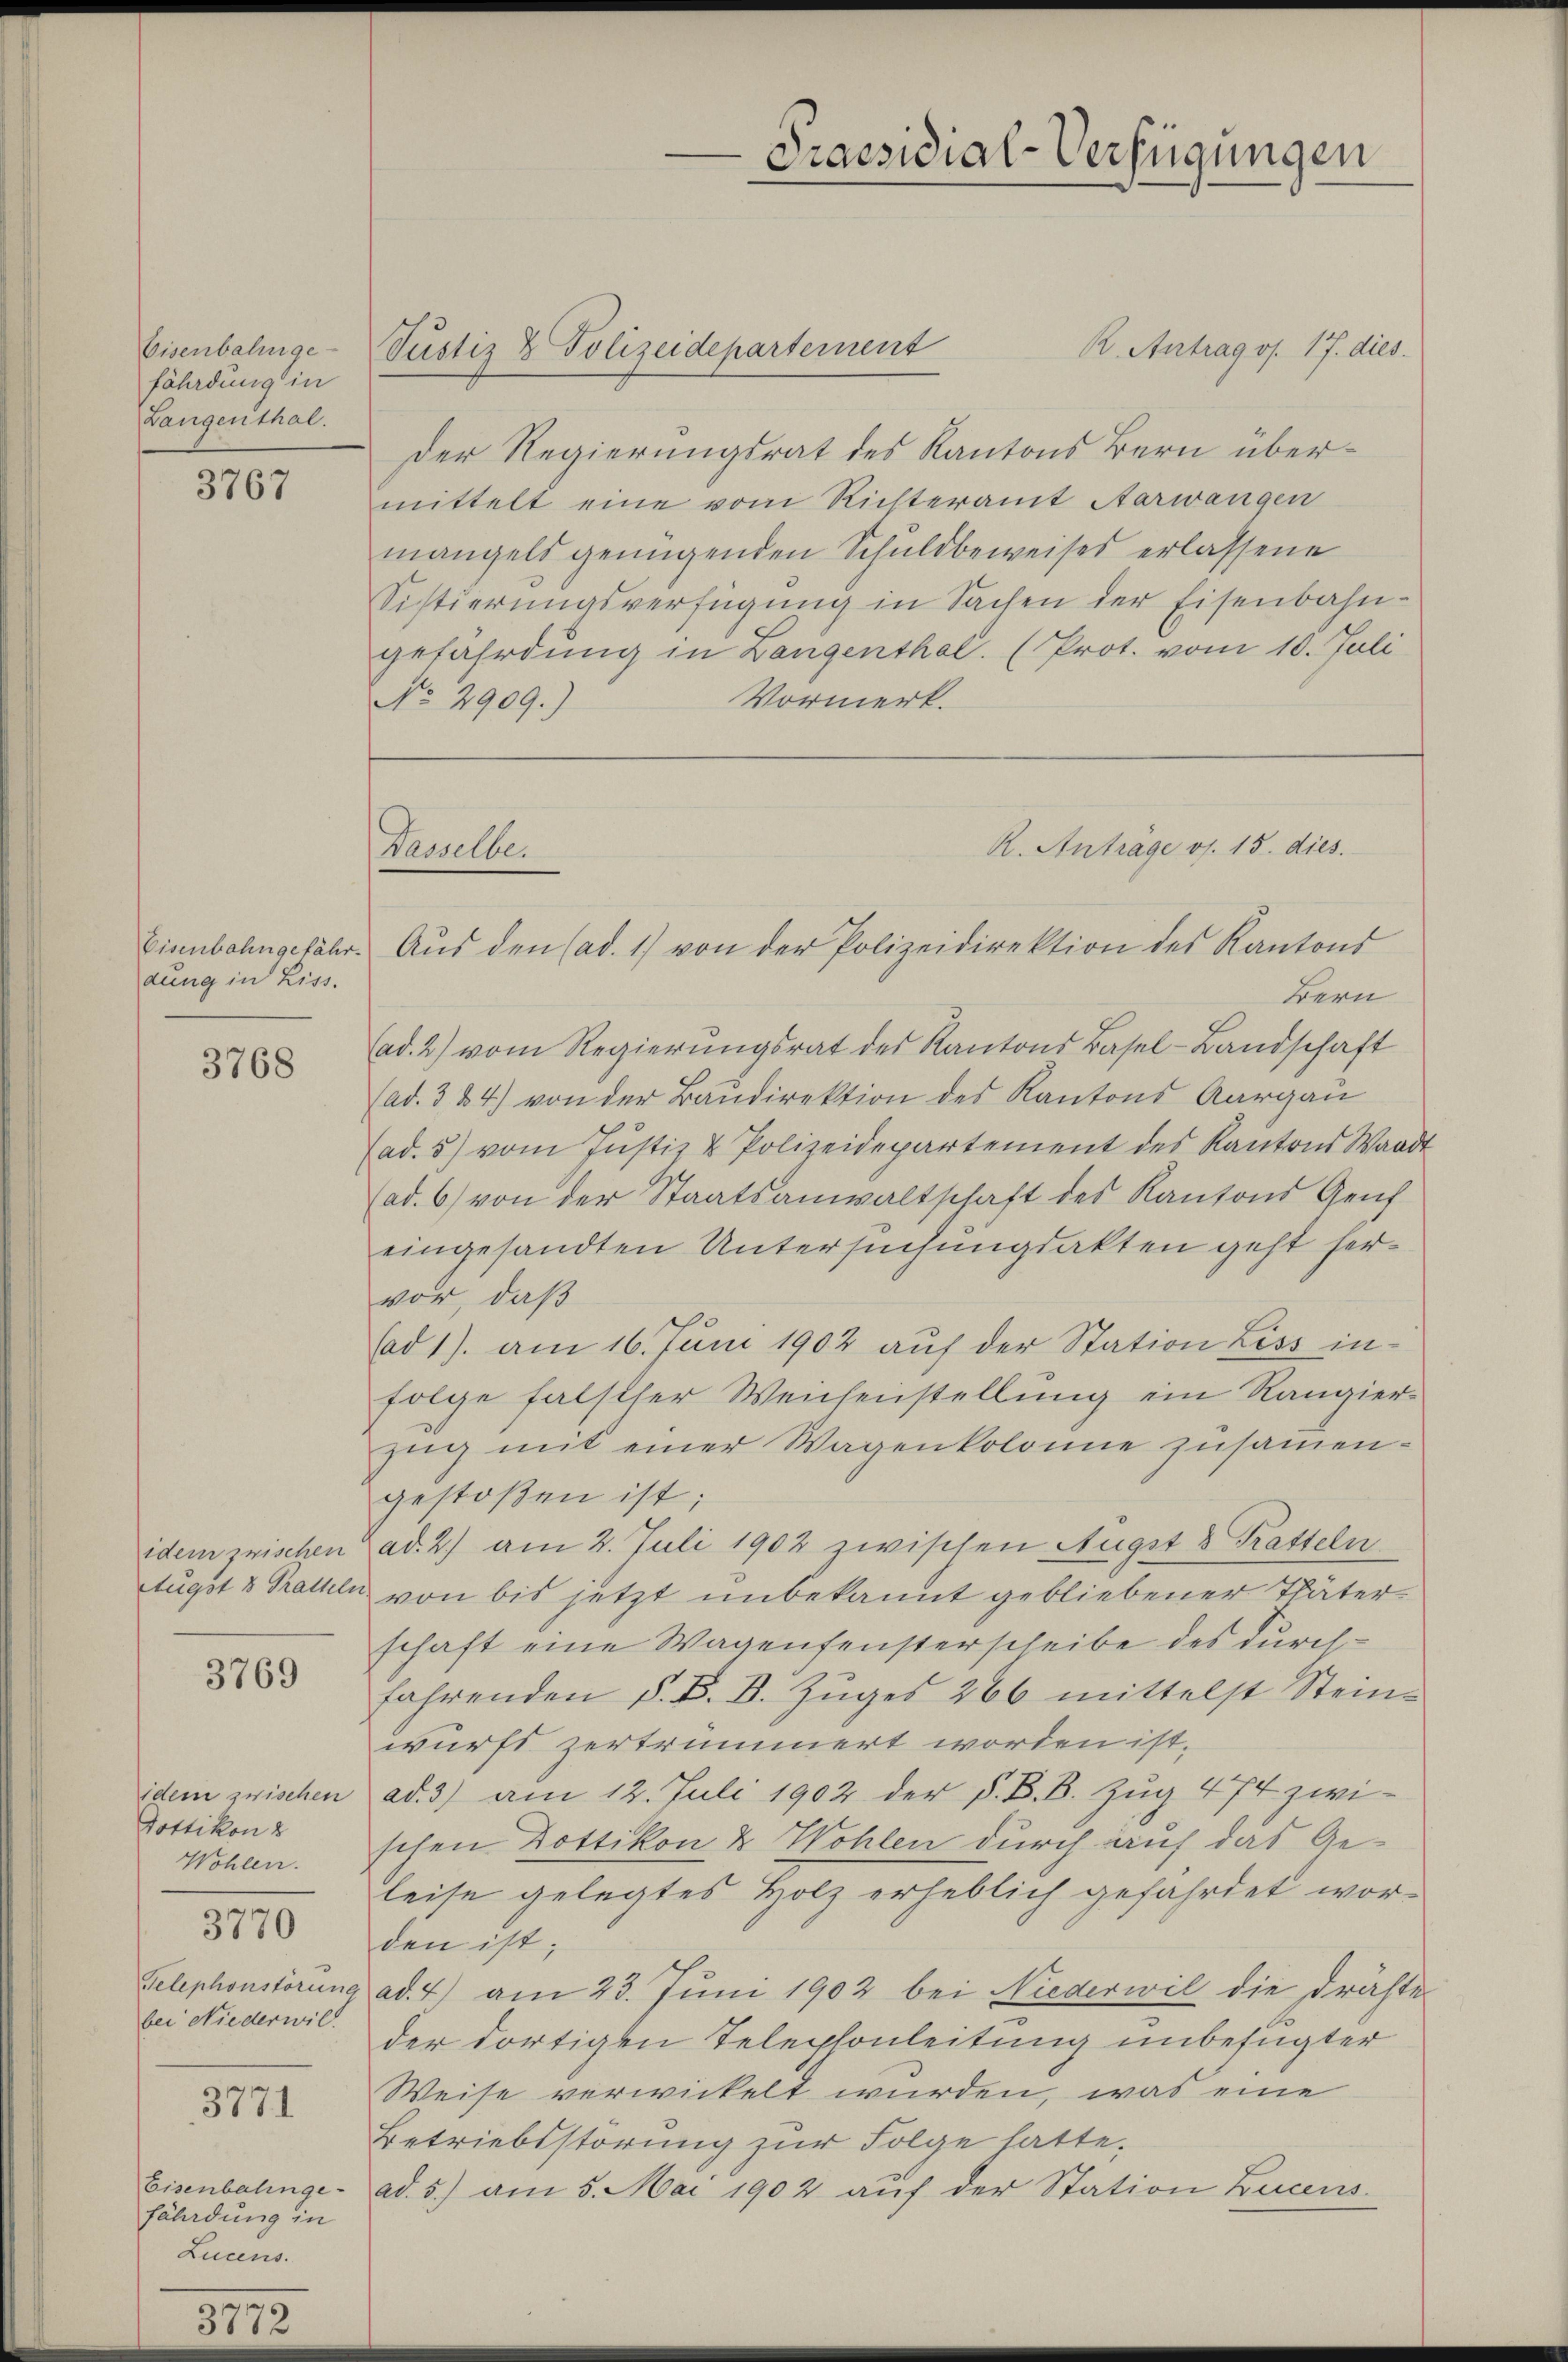
Eisenbahnge-
fährdung in
Langenthal.

3767

dung in Liss.

3768

3769

idem zwischen
Dottikon 8
Wohlen.
3770
bei Niederwil.

3771

Eisenbalinge-
fährdung in
Lucens.

R. Antrag os. 17. dies
Der Regierungsrat des Kantons Bern übermittelt eine vom Richteramt Aarwangen
mangels genügenden Schuldbeweises erlassene
Sistierungsverfügung in Sachen der Eisenbahn-
gefährdung in Langenthal. (Prot. vom 10. Juli
Vormerk.
No. 2909.)

Dasselber

Justiz & Polizeidepartement

Praesidial-Verfügungen

R. Anträge os. 15. dies

Eisenbahngefähr. Aus den (ad. 1) von der Polizeidirektion des Kantons
Bern
Cad. 2) vom Regierŭngsrat des Kantons Basel-Landschaft
(ad. 3 24) von der Baudirektion des Kantons Aargau
ad. 5) vom Justiz & Polizeidepartement des Kantons Waadt
(ad. 6) von der Staatsanwaltschaft des Kantons Geich
eingesandten Untersuchungsakten geht hervor, daß
(ad 1). am 16. Juni 1902 auf der Station Liss infolge falsther Weisenstellung ein Rangier
zŭg mit einer Wagenkolonie zusammengestoßen ist;
idem zwischen ad. 2) am 2. Juli 1902 zwischen Augst 8 Tratteln
Augst & Pratheln von bis jetzt unbekannt gebliebener Thäterschaft eine Wagenfensterscheibe des durchfahrenden §. B. B. Zuges 266 mittelst Steinwurfs zertrümmert worden ist.
ad. 3) am 12. Juli 1902 der K. K. B. Zug 474 zwi-
schen Dottikon & Wohlen durch auf das Geleise gelegtes Holz erheblich gefährdet worden ist;
Telephonstörung ad. 4) am 23. Juni 1902 bei Niederwil die drähte
der dortigen Telephonleitung unbefugter
Weise verwickelt wurden, was eine
Betriebsstörung zur Folge hatte.
ad. 5.) am 5. Mai 1902 auf der Station Lucens